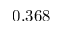
0 . 3 6 8